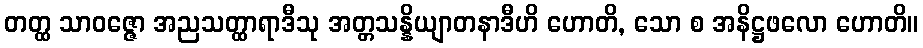
တတ္ထ သာဝဇ္ဇော အညသတ္ထာရာဒီသု အတ္တသန္နိယျာတနာဒီဟိ ဟောတိ, သော စ အနိဋ္ဌဖလော ဟောတိ။